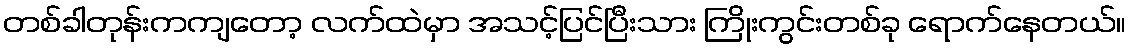
တစ်ခါတုန်းကကျတော့ လက်ထဲမှာ အသင့်ပြင်ပြီးသား ကြိုးကွင်းတစ်ခု ရောက်နေတယ်။